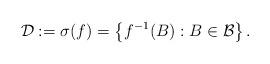
LaTeX: \begin{align*}\mathcal{D}:=\sigma(f)=\left\{f^{-1}(B):B\in \mathcal{B}\right\}.\end{align*}